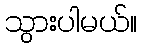
သွားပါမယ်။